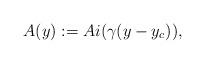
LaTeX: \begin{align*}A(y) := Ai ( \gamma (y - y_c) ),\end{align*}